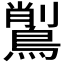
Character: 𪃅